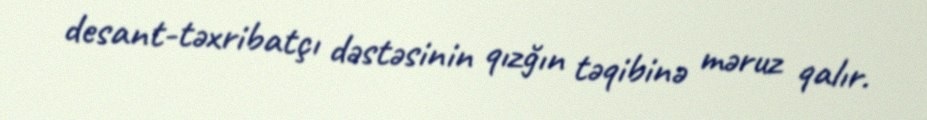
desant-təxribatçı dəstəsinin qızğın təqibinə məruz qalır.